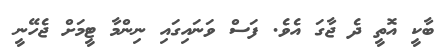
ބާކީ އޮތީ ދެ ޖާގަ އެވެ. ފަސް ވަނައިގައި ނިންމާ ޓީމަށް ޖެހޭނީ